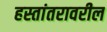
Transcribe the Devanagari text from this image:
हस्तांतरावरील